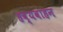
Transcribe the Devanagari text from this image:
हव्यवाहन